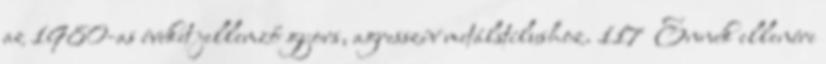
az 1980-as éveket jellemző gyors, agresszív metálstílushoz. 117 Ennek ellenére